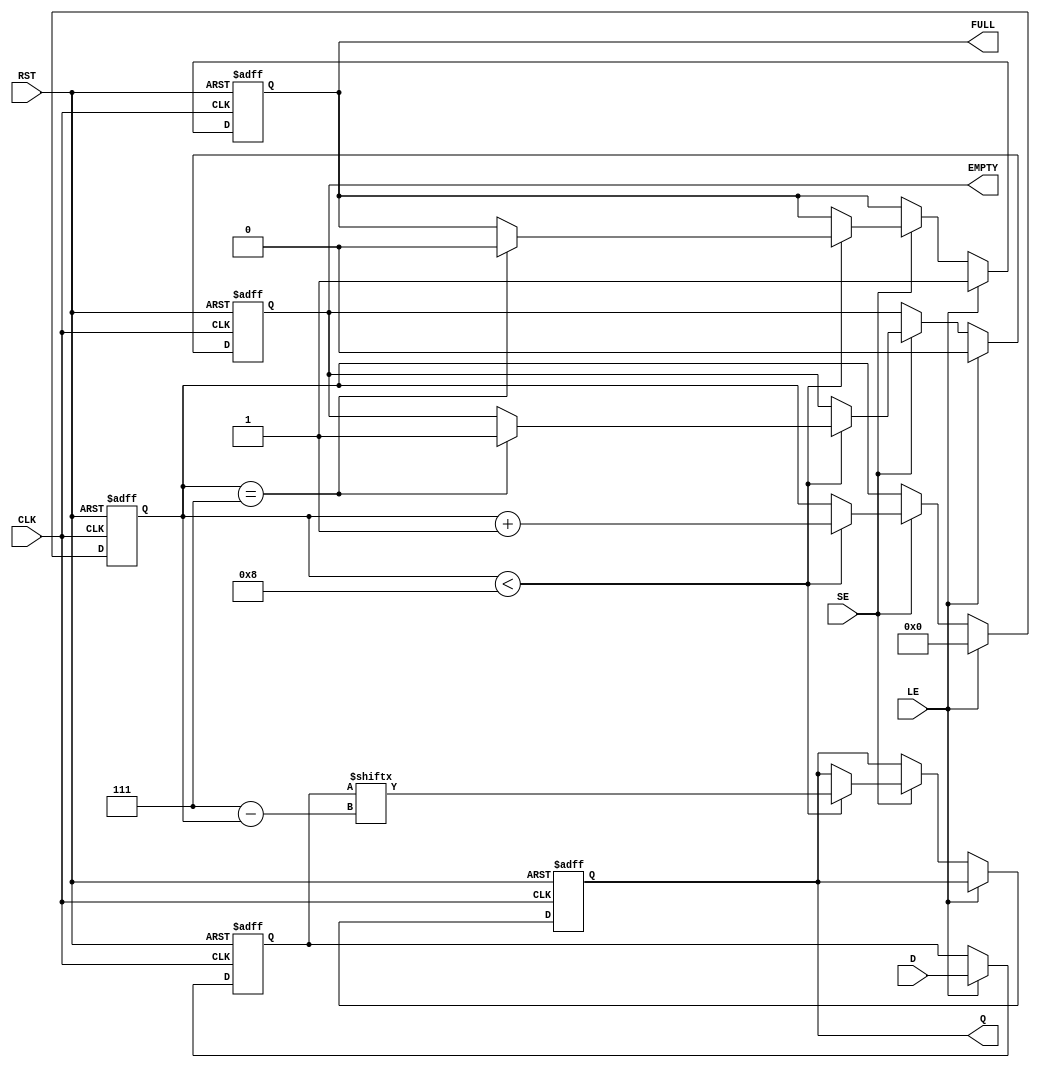
module PISO_Register #(
    parameter N = 8 // Configurable bit width
)(
    input wire [N-1:0] D,       // Parallel data input
    input wire LE,               // Load Enable
    input wire SE,               // Shift Enable
    input wire CLK,              // Clock
    input wire RST,              // Reset
    output reg Q,                // Serial output
    output reg FULL,             // Full flag
    output reg EMPTY             // Empty flag
);

    reg [N-1:0] shift_reg;       // Shift register to hold data
    reg [3:0] count;             // Counter to track number of bits shifted

    always @(posedge CLK or posedge RST) begin
        if (RST) begin
            shift_reg <= {N{1'b0}}; // Clear the shift register
            Q <= 1'b0;              // Clear the output
            FULL <= 1'b0;           // Clear the FULL flag
            EMPTY <= 1'b1;          // Set the EMPTY flag
            count <= 0;             // Reset count
        end else begin
            if (LE) begin
                shift_reg <= D;       // Load data into the shift register
                FULL <= 1'b1;         // Set the FULL flag
                EMPTY <= 1'b0;        // Clear the EMPTY flag
                count <= 0;           // Reset count
            end else if (SE) begin
                if (count < N) begin
                    Q <= shift_reg[N-1-count]; // Shift data out
                    count <= count + 1;      // Increment count
                    if (count == N-1) begin
                        FULL <= 1'b0;          // Clear FULL when all bits shifted out
                        EMPTY <= 1'b1;         // Set EMPTY flag
                    end
                end
            end
        end
    end

endmodule